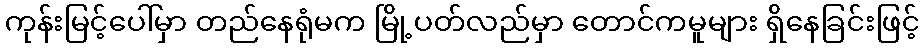
ကုန်းမြင့်ပေါ်မှာ တည်နေရုံမက မြို့ပတ်လည်မှာ တောင်ကမူများ ရှိနေခြင်းဖြင့်